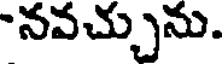
-నవచ్చును.